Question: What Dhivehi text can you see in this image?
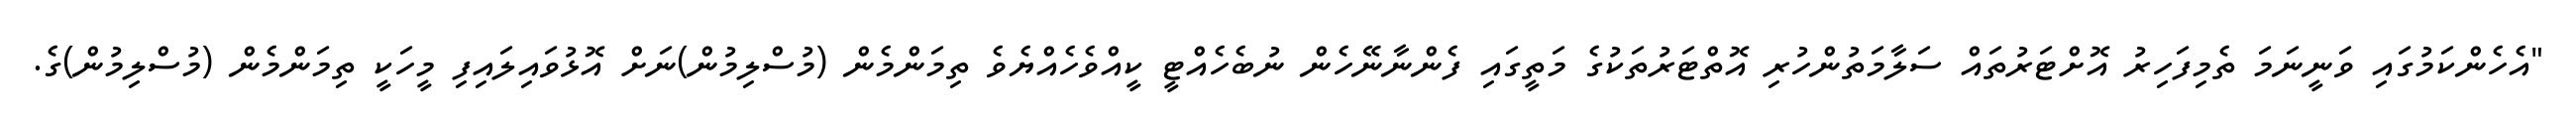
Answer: "އެހެންކަމުގައި ވަނީނަމަ ތެމިފަހިރު އޮށްޓަރުތައް ސަލާމަތުންހުރި އޮތްޓަރުތަކުގެ މަތީގައި ފެންނާނޭހެން ނުބެހެއްޓީ ކީއްވެހެއްޔެވެ ތިމަންމެން (މުސްލިމުން)ނަށް އޮޅުވައިލައިފި މީހަކީ ތިމަންމެން (މުސްލިމުން)ގެ.